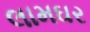
લામઘર